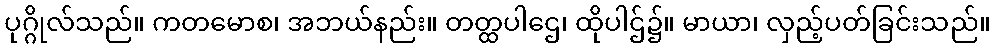
ပုဂ္ဂိုလ်သည်။ ကတမောစ၊ အဘယ်နည်း။ တတ္ထပါဌေ၊ ထိုပါဌ်၌။ မာယာ၊ လှည့်ပတ်ခြင်းသည်။